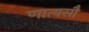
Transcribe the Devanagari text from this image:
णात्यसौ